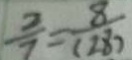
\frac { 2 } { 7 } = \frac { 8 } { ( 2 8 ) }